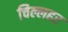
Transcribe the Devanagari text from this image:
चिल्लहर